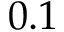
0 . 1